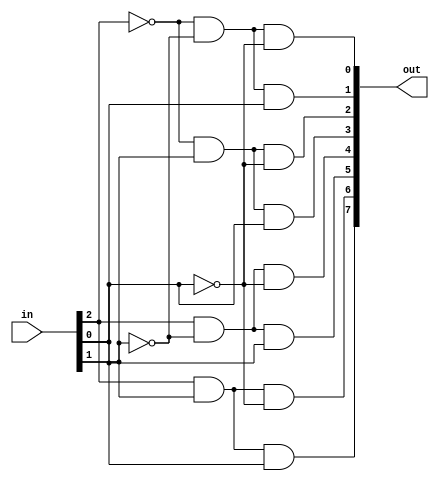
module decoder_3to8 (
    input [2:0] in,
    output [7:0] out
);

assign out[0] = ~in[2] & ~in[1] & ~in[0]; // 000
assign out[1] = ~in[2] & ~in[1] & in[0];  // 001
assign out[2] = ~in[2] & in[1] & ~in[0];  // 010
assign out[3] = ~in[2] & in[1] & in[0];   // 011
assign out[4] = in[2] & ~in[1] & ~in[0];  // 100
assign out[5] = in[2] & ~in[1] & in[0];   // 101
assign out[6] = in[2] & in[1] & ~in[0];   // 110
assign out[7] = in[2] & in[1] & in[0];    // 111

endmodule